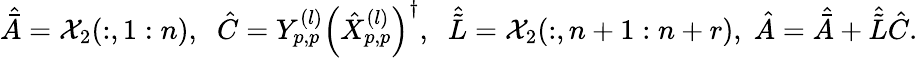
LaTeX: \begin{array}{r}{\hat{\bar{A}}=\mathcal{X}_{2}(:,1:n),\; \; \hat{C}=Y_{p,p}^{(l)}\Big(\hat{X}_{p,p}^{(l)}\Big)^{\dagger},\; \; \hat{\tilde{L}}=\mathcal{X}_{2}(:,n+1:n+r),\; \hat{A}=\hat{\bar{A}}+\hat{\tilde{L}}\hat{C}.}\end{array}